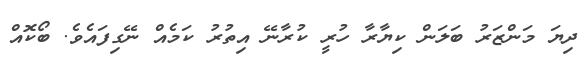
ދިޔަ މަންޒަރު ބަލަން ކިޔާރާ ހުރީ ކުރާނޭ އިތުރު ކަމެއް ނޭގިފައެވެ. ބޯކޮއް